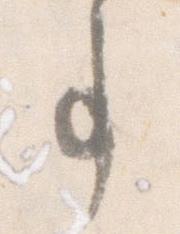
事